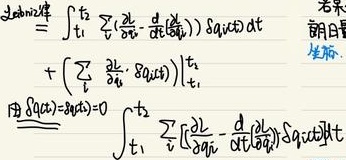
\[\begin{align*}
&=\int_{t_1}^{t_2}\sum_{i}\left(\frac{\partial L}{\partial q_i}-\frac{d}{dt}\left(\frac{\partial L}{\partial \dot{q}_i}\right)\right)\delta q_i(t)dt\\
&+\left.\left(\sum_{i}\frac{\partial L}{\partial \dot{q}_i}\cdot\delta q_i(t)\right)\right|_{t_1}^{t_2}\\
&\text{由}\ \delta q_i(t_1)=\delta q_i(t_2)=0\\
&=\int_{t_1}^{t_2}\sum_{i}\left[\frac{\partial L}{\partial q_i}-\frac{d}{dt}\left(\frac{\partial L}{\partial \dot{q}_i}\right)\right]\delta q_i(t)dt
\end{align*}\]
若采用拉格朗日坐标。

说明：原内容“采朗日坐标”疑似应为“采用拉格朗日坐标”，这里按此修正。如果有误，请指出。